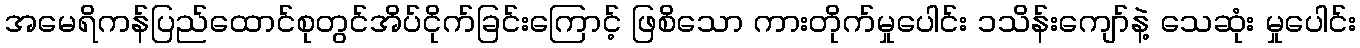
အမေရိကန်ပြည်ထောင်စုတွင်အိပ်ငိုက်ခြင်းကြောင့် ဖြစိသော ကားတိုက်မှုပေါင်း ၁သိန်းကျော်နဲ့ သေဆုံး မှုပေါင်း